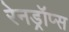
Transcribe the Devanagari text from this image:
रेनड्रॉप्स